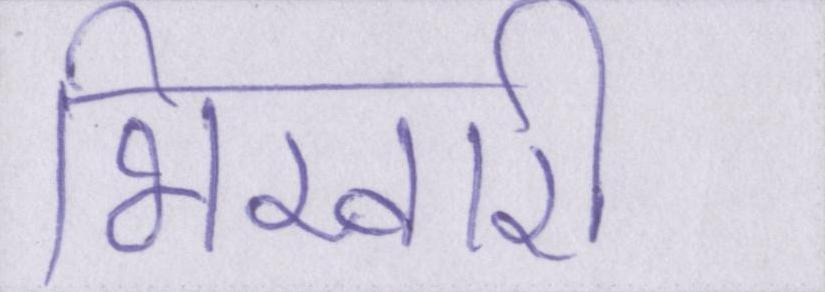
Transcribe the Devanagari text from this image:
भिखारी